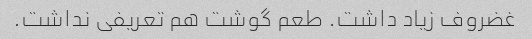
غضروف زیاد داشت. طعم گوشت هم تعریفی نداشت.